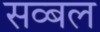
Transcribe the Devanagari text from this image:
सव्बल